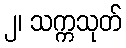
၂၊ သက္ကသုတ်